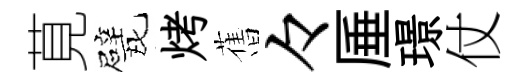
莧甓烤𦾔々厜璟仗